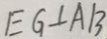
E G \bot A B